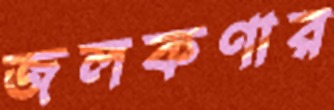
জলকণার